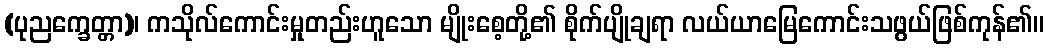
(ပုညက္ခေတ္တာ)၊ ကသိုလ်ကောင်းမှုတည်းဟူသော မျိုးစေ့တို့၏ စိုက်ပျိုချရာ လယ်ယာမြေကောင်းသဖွယ်ဖြစ်ကုန်၏။